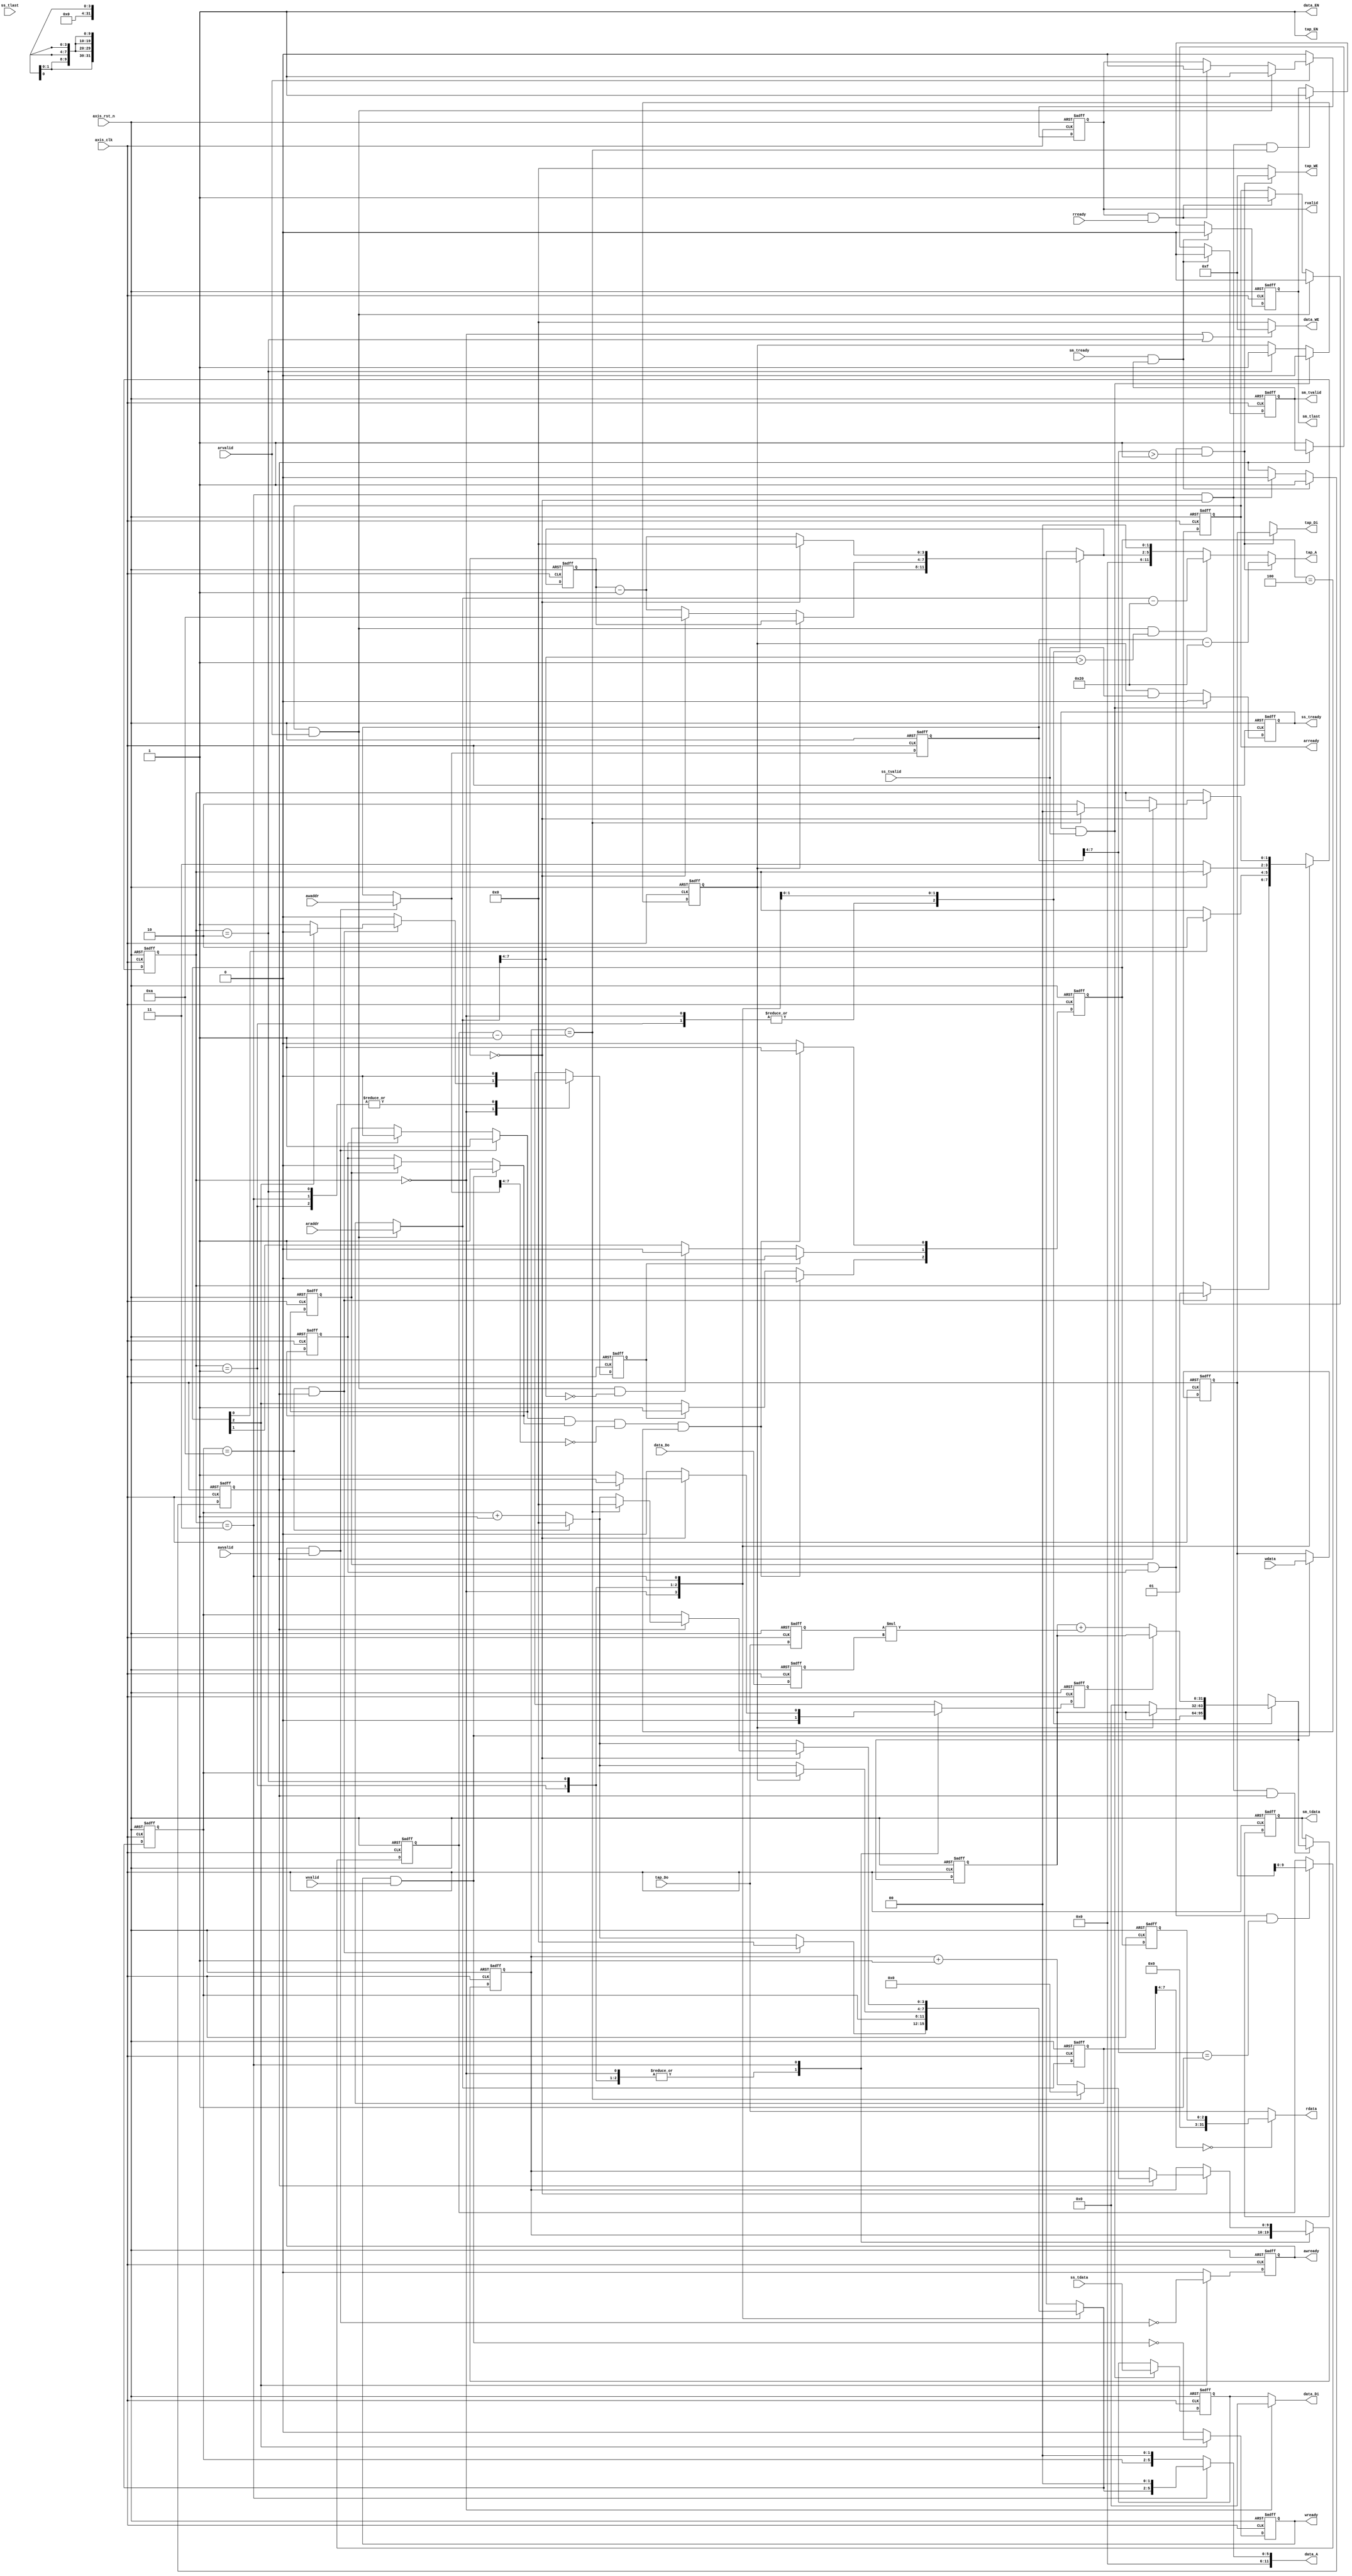
`timescale 1ns / 1ps
module fir 
#(  parameter pADDR_WIDTH = 12,
    parameter pDATA_WIDTH = 32,
    parameter Tape_Num    = 11
)
(
    output  wire                     awready,
    output  wire                     wready,
    input   wire                     awvalid,
    input   wire [(pADDR_WIDTH-1):0] awaddr,
    input   wire                     wvalid,
    input   wire [(pDATA_WIDTH-1):0] wdata,
    output  wire                     arready,
    input   wire                     rready,
    input   wire                     arvalid,
    input   wire [(pADDR_WIDTH-1):0] araddr,
    output  wire                     rvalid,
    output  wire [(pDATA_WIDTH-1):0] rdata,    
    input   wire                     ss_tvalid, 
    input   wire [(pDATA_WIDTH-1):0] ss_tdata, 
    input   wire                     ss_tlast, 
    output  wire                     ss_tready, 
    input   wire                     sm_tready, 
    output  wire                     sm_tvalid, 
    output  wire [(pDATA_WIDTH-1):0] sm_tdata, 
    output  wire                     sm_tlast, 
    
    // bram for tap RAM
    output  wire [3:0]               tap_WE,
    output  wire                     tap_EN,
    output  wire [(pDATA_WIDTH-1):0] tap_Di,
    output  wire [(pADDR_WIDTH-1):0] tap_A,
    input   wire [(pDATA_WIDTH-1):0] tap_Do,

    // bram for data RAM
    output  wire [3:0]               data_WE,
    output  wire                     data_EN,
    output  wire [(pDATA_WIDTH-1):0] data_Di,
    output  wire [(pADDR_WIDTH-1):0] data_A,
    input   wire [(pDATA_WIDTH-1):0] data_Do,

    input   wire                     axis_clk,
    input   wire                     axis_rst_n
);

parameter RSET = 2'b00;
parameter WAIT = 2'b01;
parameter GETX = 2'b10;
parameter CALC = 2'b11;

reg awready_r, awready_w;
reg wready_r, wready_w;
reg awflag_r, awflag_w;
reg wflag_r, wflag_w;
reg [(pADDR_WIDTH-1):0] axi_lite_waddr_r, axi_lite_waddr_w;
reg [(pDATA_WIDTH-1):0] axi_lite_wdata_r, axi_lite_wdata_w;
reg [9:0] data_length_r, data_length_w;

reg arready_r, arready_w;
reg rvalid_r, rvalid_w;
reg [(pADDR_WIDTH-1):0] axi_lite_raddr_r, axi_lite_raddr_w;

reg ss_tready_r, ss_tready_w;
reg x_buf_emp_r, x_buf_emp_w;
reg [(pDATA_WIDTH-1):0] x_buf_r, x_buf_w;

reg sm_tvalid_r, sm_tvalid_w;
reg sm_tlast_r, sm_tlast_w;
reg y_buf_emp_r, y_buf_emp_w;
reg [(pDATA_WIDTH-1):0] y_buf_r, y_buf_w;

reg       halt_r, halt_w;
reg       done_r, done_w;
reg [1:0] state_r, state_w;
reg [3:0] data_ptr_r, data_ptr_w;
reg [3:0] coef_ptr_r, coef_ptr_w;
reg [(pDATA_WIDTH-1):0] accum_r, accum_w;
reg [(pDATA_WIDTH-1):0] tap_Do_r, tap_Do_w, data_Do_r, data_Do_w;
reg [9:0] data_length_cnt_r, data_length_cnt_w;

reg [2:0] ap_status_r, ap_status_w;
reg [2:0] ap_status_d1_r, ap_status_d1_w;

wire [(pDATA_WIDTH-1):0] product;

wire ap_start, save_coef, save_length, sample_state, send_coef, calc_one;
assign ap_start = (awflag_w & wflag_w) & (axi_lite_waddr_w[7:4] == 0) & ap_status_r == 3'b100;
assign save_length = (awflag_r & wflag_r) & (axi_lite_waddr_r[7:4] == 1);
assign save_coef = (awflag_r & wflag_r) & (axi_lite_waddr_r[7:4] > 1);
assign sample_state = (arready & arvalid) & (axi_lite_raddr_w[7:4] == 0);
assign send_coef = (arready & arvalid) & (axi_lite_raddr_w[7:4] > 1);
assign calc_one = (state_r == CALC) & (coef_ptr_r == 0);

assign awready = awready_r;
assign wready = wready_r;

assign arready = arready_r;
assign rvalid = rvalid_r;
assign rdata = (axi_lite_raddr_r[7:4] == 0) ? ap_status_d1_r : tap_Do;

assign ss_tready = ss_tready_r;

assign sm_tvalid = sm_tvalid_r;
assign sm_tlast = sm_tlast_r;
assign sm_tdata = y_buf_r;

assign tap_WE = (save_coef) ? 4'b1111 : 4'b0000;
assign tap_EN = 1'b1;
assign tap_Di = (save_coef) ? axi_lite_wdata_r : 4'bx;
assign tap_A = (save_coef) ? (axi_lite_waddr_r - 12'h20) : (send_coef) ? (axi_lite_raddr_w - 12'h20) : {coef_ptr_w, 2'b0};

assign data_WE = (state_r == RSET || state_r == GETX) ? 4'b1111 : 4'b0000;
assign data_EN = 1'b1;
assign data_Di = (state_r == RSET) ? 0 : x_buf_r;
assign data_A = (state_r == CALC) ? {data_ptr_w, 2'b0} : {data_ptr_r, 2'b0};

assign product = $signed(tap_Do_r) * $signed(data_Do_r);

always @(*) begin
	awready_w = (ap_status_r[2]) ? !(awready & awvalid) : 1'b0;
	wready_w = (ap_status_r[2]) ? !(wready & wvalid) : 1'b0;
	awflag_w = (awready & awvalid) ? 1'b1 : (wflag_r) ? 1'b0 : awflag_r;
	wflag_w = (wready & wvalid) ? 1'b1 : (awflag_r) ? 1'b0 : wflag_r;
	axi_lite_waddr_w = (awready & awvalid) ? awaddr : axi_lite_waddr_r;
	axi_lite_wdata_w = (wready & wvalid) ? wdata : axi_lite_wdata_r;
	data_length_w = (save_length) ? axi_lite_wdata_r : data_length_r;

	arready_w = (arready & arvalid) ? 1'b0 : (rvalid & rready) ? 1'b1 : arready_r;
	axi_lite_raddr_w = (arvalid & arready) ? araddr : axi_lite_raddr_r;
	rvalid_w = (!arvalid) ? 1'b0 : (arready & arvalid) ? 1'b1 : (rready & rvalid) ? 1'b0 : rvalid_r; 

	ss_tready_w = (ss_tready & ss_tvalid) ? 1'b0 : (x_buf_emp_r & ss_tvalid);
	x_buf_emp_w = (ss_tready & ss_tvalid) ? 1'b0 : (state_r == GETX) ? 1'b1 : x_buf_emp_r;
	x_buf_w = (ss_tready & ss_tvalid) ? ss_tdata : x_buf_r;

	sm_tvalid_w = (sm_tready & sm_tvalid) ? 1'b0 : (!y_buf_emp_r) ? 1'b1 : sm_tvalid_r;
	sm_tlast_w = (sm_tready & sm_tvalid) ? 1'b0 : (calc_one & data_length_cnt_r == data_length_r - 1'b1) ? 1'b1 : sm_tlast_r; 
	y_buf_emp_w = (sm_tready & sm_tvalid) ? 1'b1 : calc_one ? 1'b0 : y_buf_emp_r;
	y_buf_w = (calc_one & y_buf_emp_r) ? accum_w : y_buf_r;
end

always @(*) begin
    // ap_start
    ap_status_w[0] = (ap_start) ? 1'b1 : 1'b0; 
    // ap_done
    ap_status_w[1] = (done_r) ? 1'b1 : (sample_state) ? 1'b0 : ap_status_r[1]; 
    // ap_idle
    ap_status_w[2] = (ap_start) ? 1'b0 : (done_r) ? 1'b1 : ap_status_r[2];
end

always @(*) begin
    state_w = state_r;
    data_ptr_w = data_ptr_r;
    coef_ptr_w = coef_ptr_r;
    tap_Do_w = tap_Do;
    data_Do_w = data_Do;
    accum_w = accum_r;
    done_w = 0;
    data_length_cnt_w = data_length_cnt_r;
    halt_w = 0;
    case (state_r) 
        RSET: begin
            data_ptr_w = (data_ptr_r == Tape_Num - 1'b1) ? 0 : (data_ptr_r + 1'b1);
            if ((data_ptr_r == Tape_Num - 1'b1) & y_buf_emp_r) begin
                state_w = WAIT;
                data_ptr_w = 0;
                if (!ap_status_r[2]) done_w = 1;
            end
        end
        WAIT: begin
            if (ap_status_r[0]) state_w = GETX;
        end
        GETX: begin
            if (!x_buf_emp_r) begin
                state_w = CALC;
                data_ptr_w = (data_ptr_r == Tape_Num - 1'b1) ? 0 : (data_ptr_r + 1'b1);
                coef_ptr_w = (coef_ptr_r == 0) ? (Tape_Num - 1'b1) : (coef_ptr_r - 1'b1);
                accum_w = 0;
            end
        end
        CALC: begin
            data_ptr_w = (data_ptr_r == Tape_Num - 1'b1) ? 0 : (data_ptr_r + 1'b1);
            coef_ptr_w = (coef_ptr_r == 0) ? 0 : (coef_ptr_r - 1'b1);
            if (!halt_r) accum_w = $signed(accum_r) + $signed(product);
            if (coef_ptr_r == 0) begin
                if (y_buf_emp_r) begin
                    state_w = GETX;
                    data_length_cnt_w = data_length_cnt_r + 1'b1;
                    if (data_length_cnt_r == data_length_r - 1'b1) begin
                        state_w = RSET;
                        data_ptr_w = 0;
                        data_length_cnt_w = 0;
                    end
                end
                else begin
                    halt_w = 1;
                    data_ptr_w = data_ptr_r;
                end
            end 
        end
    endcase
end

always @(posedge axis_clk or negedge axis_rst_n) begin
	if (!axis_rst_n) begin
        awready_r <= 0;
        wready_r <= 0; 
        awflag_r <= 0;
        wflag_r <= 0;
        axi_lite_waddr_r <= 0;
        axi_lite_wdata_r <= 0;
        data_length_r <= 0;

        arready_r <= 1;
        axi_lite_raddr_r <= 0;
        rvalid_r <= 0;

        ss_tready_r <= 0;
        x_buf_emp_r <= 1;
        x_buf_r <= 0;

        sm_tvalid_r <= 0;
        sm_tlast_r <= 0;
        y_buf_emp_r <= 1;
        y_buf_r <= 0;

        ap_status_r <= 3'b100;
        ap_status_d1_r <= 0;

        state_r <= 0;
        data_ptr_r <= 0;
        coef_ptr_r <= 0;
        tap_Do_r <= 0;
        data_Do_r <= 0;
        accum_r <= 0;
        done_r <= 0;
        data_length_cnt_r <= 0;
        halt_r <= 0;
	end
	else begin
        awready_r <= awready_w;
        wready_r <= wready_w;
        awflag_r <= awflag_w;
        wflag_r <= wflag_w;
        axi_lite_waddr_r <= axi_lite_waddr_w;
        axi_lite_wdata_r <= axi_lite_wdata_w;
        data_length_r <= data_length_w;

        arready_r <= arready_w;
        axi_lite_raddr_r <= axi_lite_raddr_w;
        rvalid_r <= rvalid_w;

        ss_tready_r <= ss_tready_w;
        x_buf_emp_r <= x_buf_emp_w;
        x_buf_r <= x_buf_w;

        sm_tvalid_r <= sm_tvalid_w;
        sm_tlast_r <= sm_tlast_w;
        y_buf_emp_r <= y_buf_emp_w;
        y_buf_r <= y_buf_w;

        ap_status_r <= ap_status_w;
        ap_status_d1_r <= ap_status_r;

        state_r <= state_w;
        data_ptr_r <= data_ptr_w;
        coef_ptr_r <= coef_ptr_w;
        tap_Do_r <= tap_Do_w;
        data_Do_r <= data_Do_w;
        accum_r <= accum_w;
        done_r <= done_w;
        data_length_cnt_r <= data_length_cnt_w;
        halt_r <= halt_w;
	end
end

endmodule